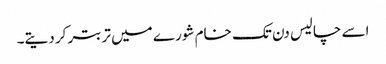
اسے چالیس دن تک خام شورے میں تربتر کر دیتے۔